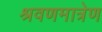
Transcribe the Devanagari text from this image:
श्रवणमात्रेण